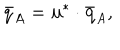
LaTeX: \bar { q } _ { A } = { \bf u } ^ { * } \cdot \bar { { \bf q } } _ { A } ,